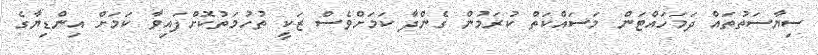
ސިޔާސަތުތައް ދަމަހައްޓަން މަސައްކަތް ކުރަމުން ގެންދާ ކަމަށްވެސް ޒަކީ ތުހުމަތުކޮށްފައިވާ ކަމަށް އިންޑިޔާގެ